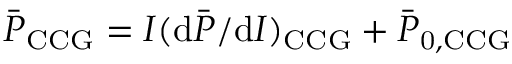
\bar { P } _ { \mathrm { C C G } } = I ( \mathrm { d } \bar { P } / \mathrm { d } I ) _ { \mathrm { C C G } } + \bar { P } _ { \mathrm { 0 , C C G } }